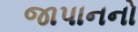
જાપાનનો